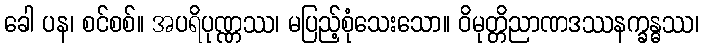
ခေါ ပန၊ စင်စစ်။ အပရိပုဏ္ဏဿ၊ မပြည့်စုံသေးသော။ ဝိမုတ္တိညာဏဒဿနက္ခန္ဓဿ၊